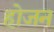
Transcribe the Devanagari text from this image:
होजन